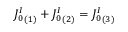
{ J _ { 0 } ^ { I } } _ { ( 1 ) } + { J _ { 0 } ^ { I } } _ { ( 2 ) } = { J _ { 0 } ^ { I } } _ { ( 3 ) }